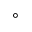
^ \circ